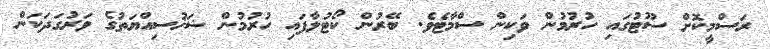
ރަސްމީކޮށް ސޫޓުގައި ހުރުމުން ވަކިން ސްމާޓެވެ. ބޭރުން ކޯޓުލާފައި ހުރުމުން ޝަޚުސިއްޔަތުގެ ވަރުގަދަކަން